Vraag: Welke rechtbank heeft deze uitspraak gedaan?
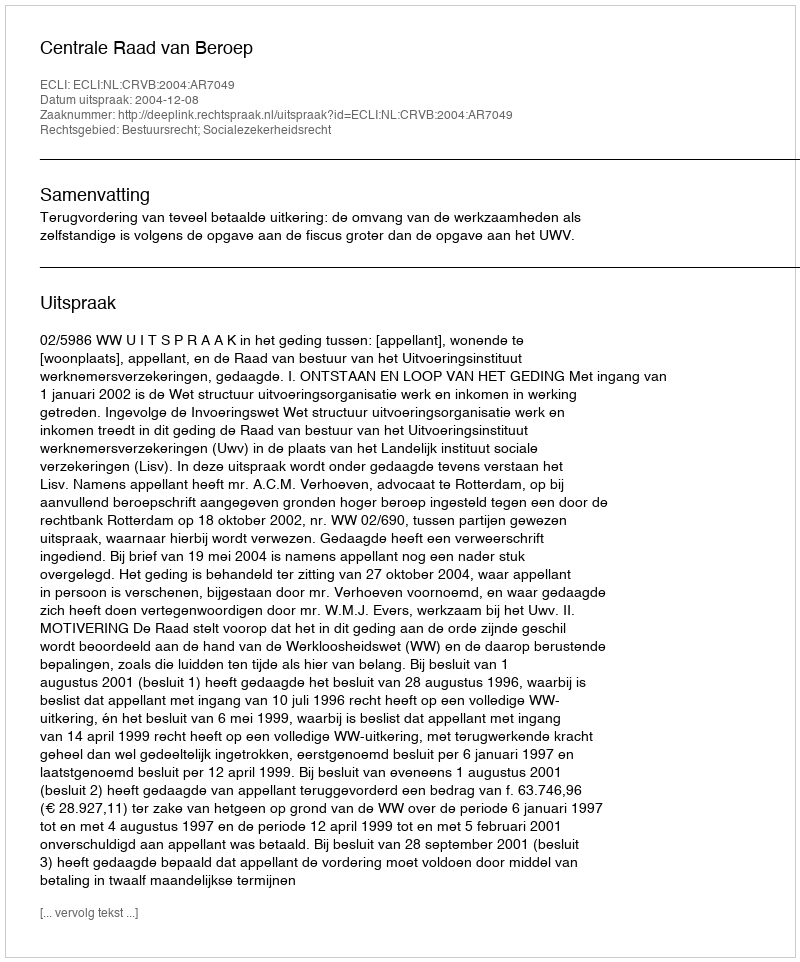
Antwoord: Centrale Raad van Beroep